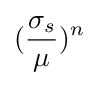
({\frac {\sigma _{s}}{\mu }})^{n}